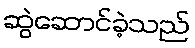
ဆွဲဆောင်ခဲ့သည်